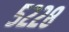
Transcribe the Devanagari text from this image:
५२२८